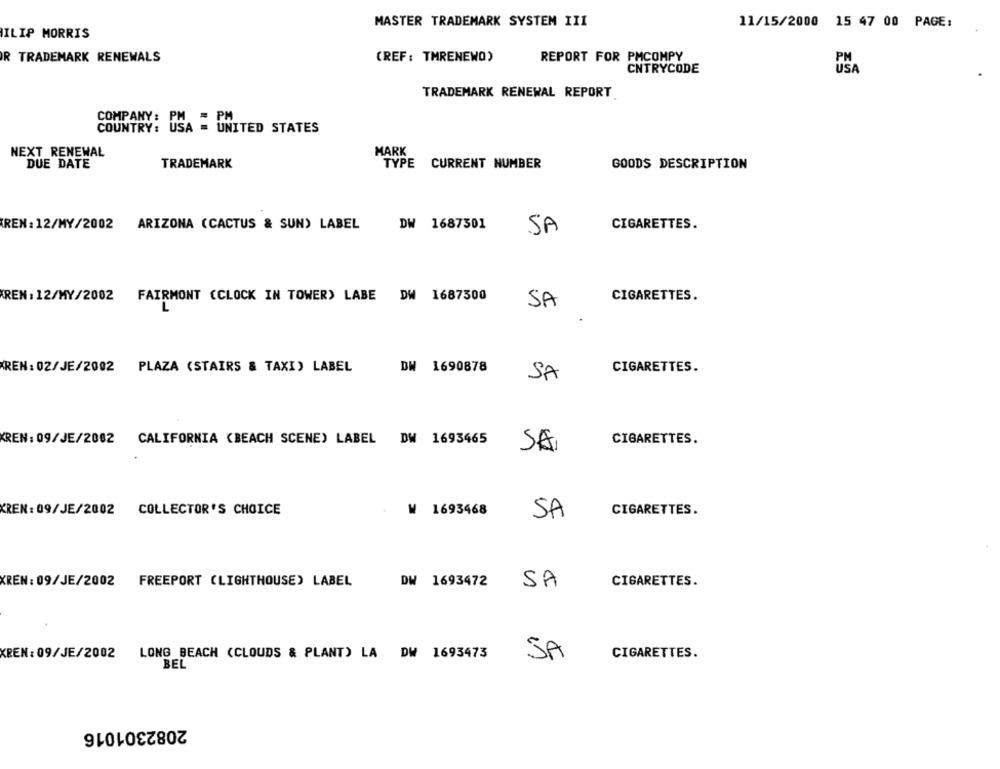
MASTER TRADEMARK SYSTEM III
11/15/2000 15 47 00 PAGE:
ILIP MORRIS
R TRADEMARK RENEWALS
(REF : TMRENEWO)
REPORT FOR PMCOMPY
CNTRYCODE
USA
TRADEMARK RENEWAL REPORT
COMPANY :
COUNTRY: USA = UNITED STATES
NEXT RENEWAL
MARK
DUE DATE
TRADEMARK
TYPE
CURRENT NUMBER
GOODS DESCRIPTION
REN : 12/MY/2002 ARIZONA (CACTUS & SUN) LABEL
DW 1687301
SA
CIGARETTES.
KREN : 12/MY/2002
FAIRMONT (CLOCK IN TOWER) LABE DW 1687500
CIGARETTES.
L
SA
REN: 02/JE/2002 PLAZA (STAIRS & TAXI) LABEL
DW 1690878
CIGARETTES.
SA
KREN: 09/JE/2002
CALIFORNIA (BEACH SCENE) LABEL DW 1693465
CIGARETTES.
SA
KREN: 09/JE/2002
COLLECTOR'S CHOICE
₩ 1693468
SA
CIGARETTES.
KREN: 09/JE/2002
FREEPORT (LIGHTHOUSE) LABEL
DW 1693472
SA
CIGARETTES.
KREN: 09/JE/2002 LONG BEACH (CLOUDS & PLANT) LA DW 1693473
JA
CIGARETTES.
BEL
2082301016